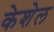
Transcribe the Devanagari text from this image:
केशेल